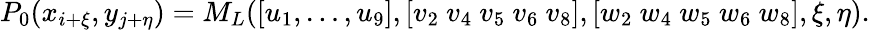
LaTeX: P_{0}(x_{i+\xi},y_{j+\eta})=M_{L}([u_{1},\dots,u_{9}],[v_{2}~v_{4}~v_{5}~v_{6}~v_{8}],[w_{2}~w_{4}~w_{5}~w_{6}~w_{8}],\xi,\eta).